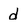
Character: d